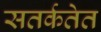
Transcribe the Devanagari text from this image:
सतर्कतेत